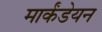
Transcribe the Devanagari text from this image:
मार्कंडेयन